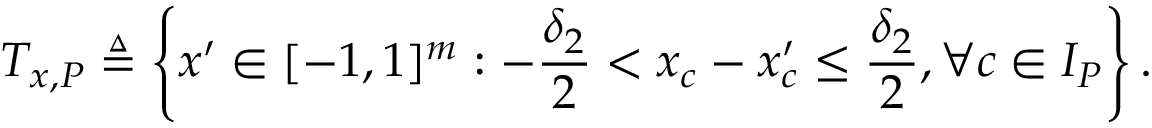
T _ { x , P } \triangleq \left\{ x ^ { \prime } \in [ - 1 , 1 ] ^ { m } : - \frac { \delta _ { 2 } } { 2 } < x _ { c } - x _ { c } ^ { \prime } \leq \frac { \delta _ { 2 } } { 2 } , \forall c \in I _ { P } \right\} .